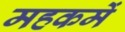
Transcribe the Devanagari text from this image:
महकमें